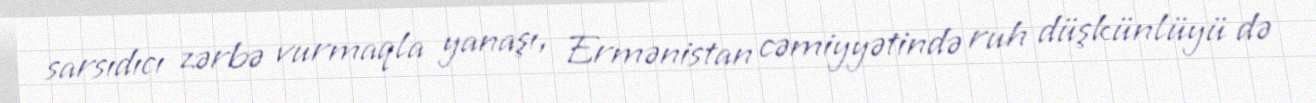
sarsıdıcı zərbə vurmaqla yanaşı, Ermənistan cəmiyyətində ruh düşkünlüyü də